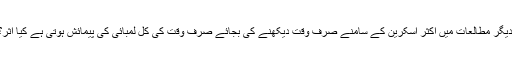
دیگر مطالعات میں اکثر اسکرین کے سامنے صرف وقت دیکھنے کی بجائے صرف وقت کی کل لمبائی کی پیمائش ہوتی ہے کیا اثر؟